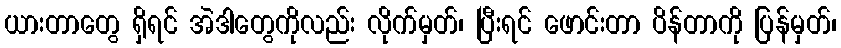
ယားတာတွေ ရှိရင် အဲဒါတွေကိုလည်း လိုက်မှတ်၊ ပြီးရင် ဖောင်းတာ ပိန်တာကို ပြန်မှတ်၊